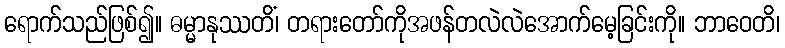
ရောက်သည်ဖြစ်၍။ ဓမ္မာနုဿတိံ၊ တရားတော်ကိုအဖန်တလဲလဲအောက်မေ့ခြင်းကို။ ဘာဝေတိ၊